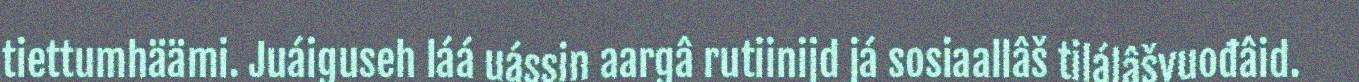
tiettumhäämi. Juáiguseh láá uássin aargâ rutiinijd já sosiaallâš tilálâšvuođâid.